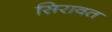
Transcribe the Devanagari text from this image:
सिरावत